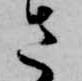
さ